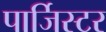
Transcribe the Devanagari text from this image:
पार्जिस्टर